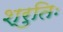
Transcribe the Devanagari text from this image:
श्रुतिः